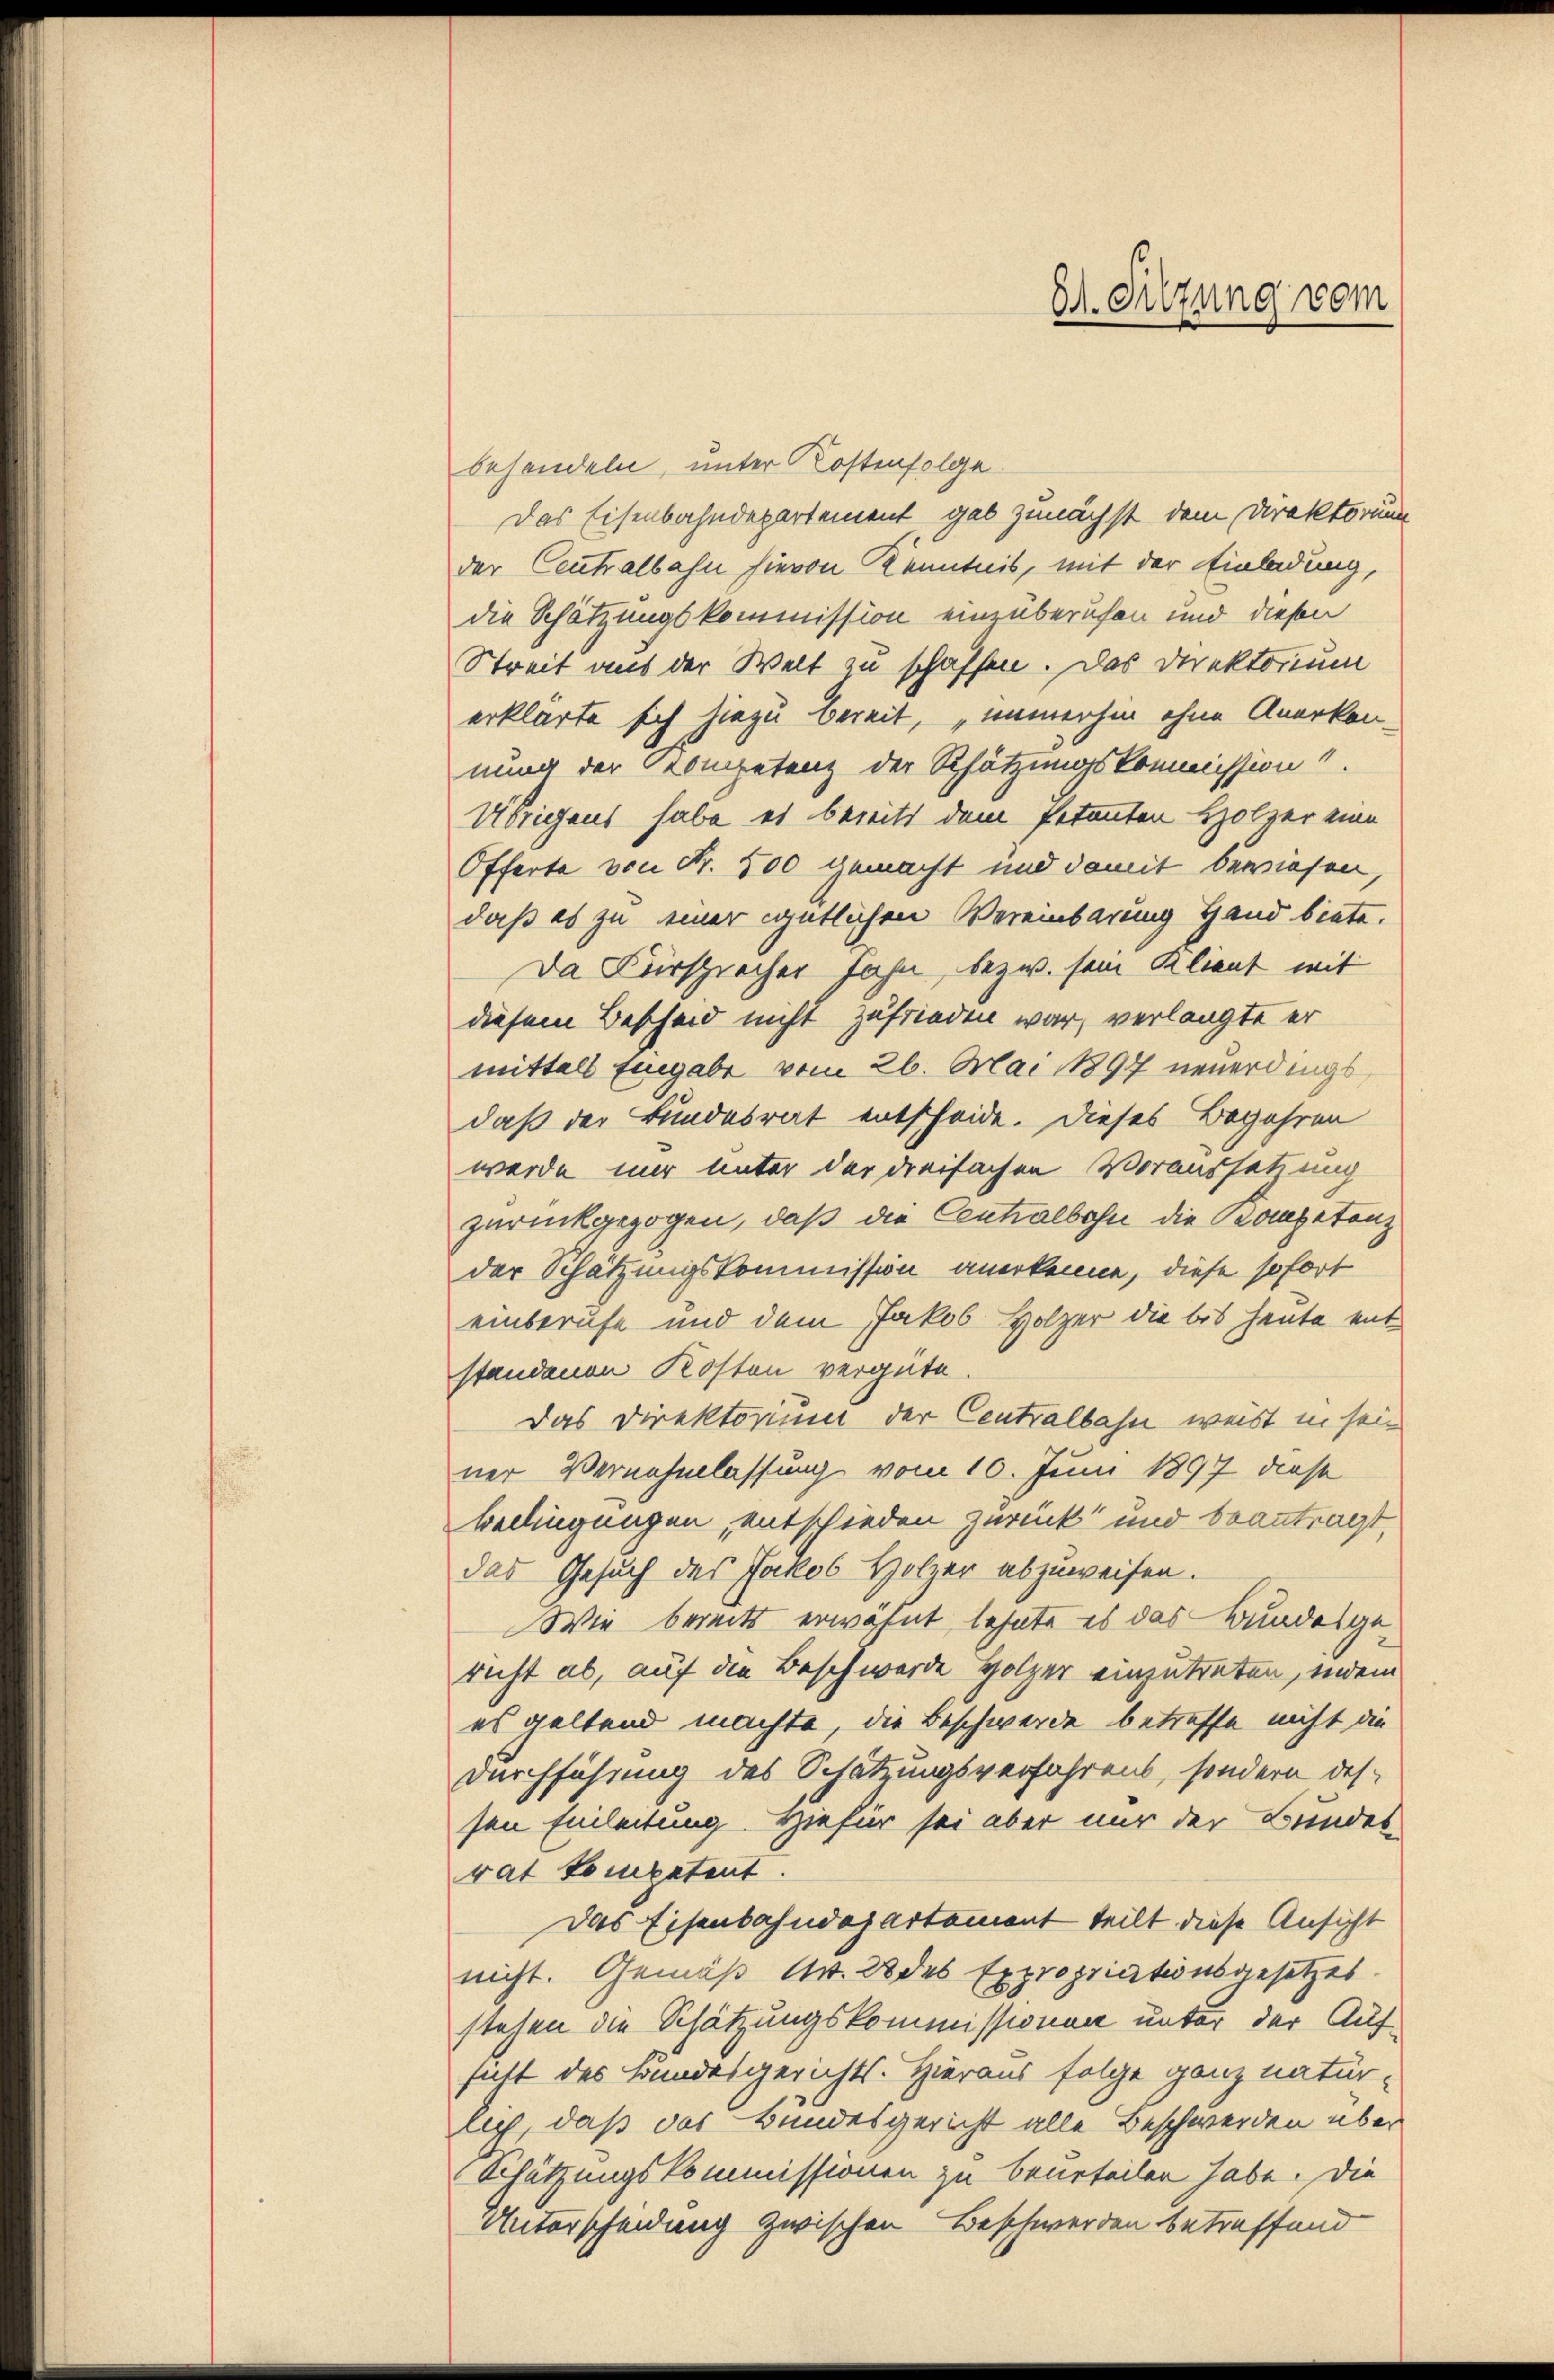
Dr. Sitzung vom

behandeln, unter Kostenfolge.
Das Eisenbahndepartement gab zunächst dem Direktorium
der Centralbahn hievon Kenntnis, mit der Einladung,
die Schätzungskommission einzuberufen und diesen
Streit aus der Welt zu schaffen. Das Direktorium
erklärte sich hiezu bereit, „immerhin ohne Anerken-
nung der Kometenz der Schätzungskommission
Übrigens habe es bereits dem Petenten Holzer eine
Offerte von Fr. 500 gemacht und damit bewiesen
daß es zu einer gütlichen Vereinbarung Hand biete.
Da Fürspracher Fahn, bezw. sein Klient mit
diesem Bescheid nicht zufrieden war, verlangte er
mittels Eingabe vom 26. Mai 1897 neuerdings
daß der Bundesrat entscheide. Dieses Begehren
werde mir unter der dreifachen Voraussetzung
zurückgezogen, daß die Centralbohn die Kompetenz
der Schätzungskommission anerkenne, diese sofort
einberufe und dem Jakob Holzer die bis heute entstandenen Kosten vergüte.
Das Direktorium der Centralbahn weist in sein
ner Vernehmlassung vom 10. Juni 1897 diese
Bellingungen, entschieden zurück und beantragt
das Gesuch des Jakob Holzer abzuweisen.
Wie bereits erwähnt, lehnte es das Bundesgericht ab, auf die Beschwerde Holzer einzutreten, indem
es geltend machte, die Beschwerde betreffe nicht die
Durchführung des Schätzungsverfahrens, sondern dessen Einleitung. Hiefür sei aber nur der Bundes-
rat kompetent
Das Eisenbahndepartement teilt diese Ansicht
nicht. Gemäß Art. 22 des Expropriationsgesetzes
stehen die Schätzungskommissionen unter der Auf
fatt des Bundesgerichts- Hieraus folge ganz natür-
lich, daß das Bundesgericht alle Beschwerden über
Schätzungskommissionen zu beurteilen habe. Die
Unterscheidung zwischen Beschwerden betreffend